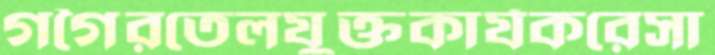
গগৈরতেলযুক্তকার্যকরেসা